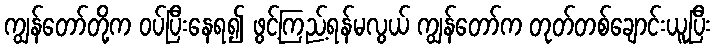
ကျွန်တော်တို့က ဝပ်ပြီးနေရ၍ ဖွင့်ကြည့်ရန်မလွယ် ကျွန်တော်က တုတ်တစ်ချောင်းယူပြီး